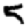
Digit: 5